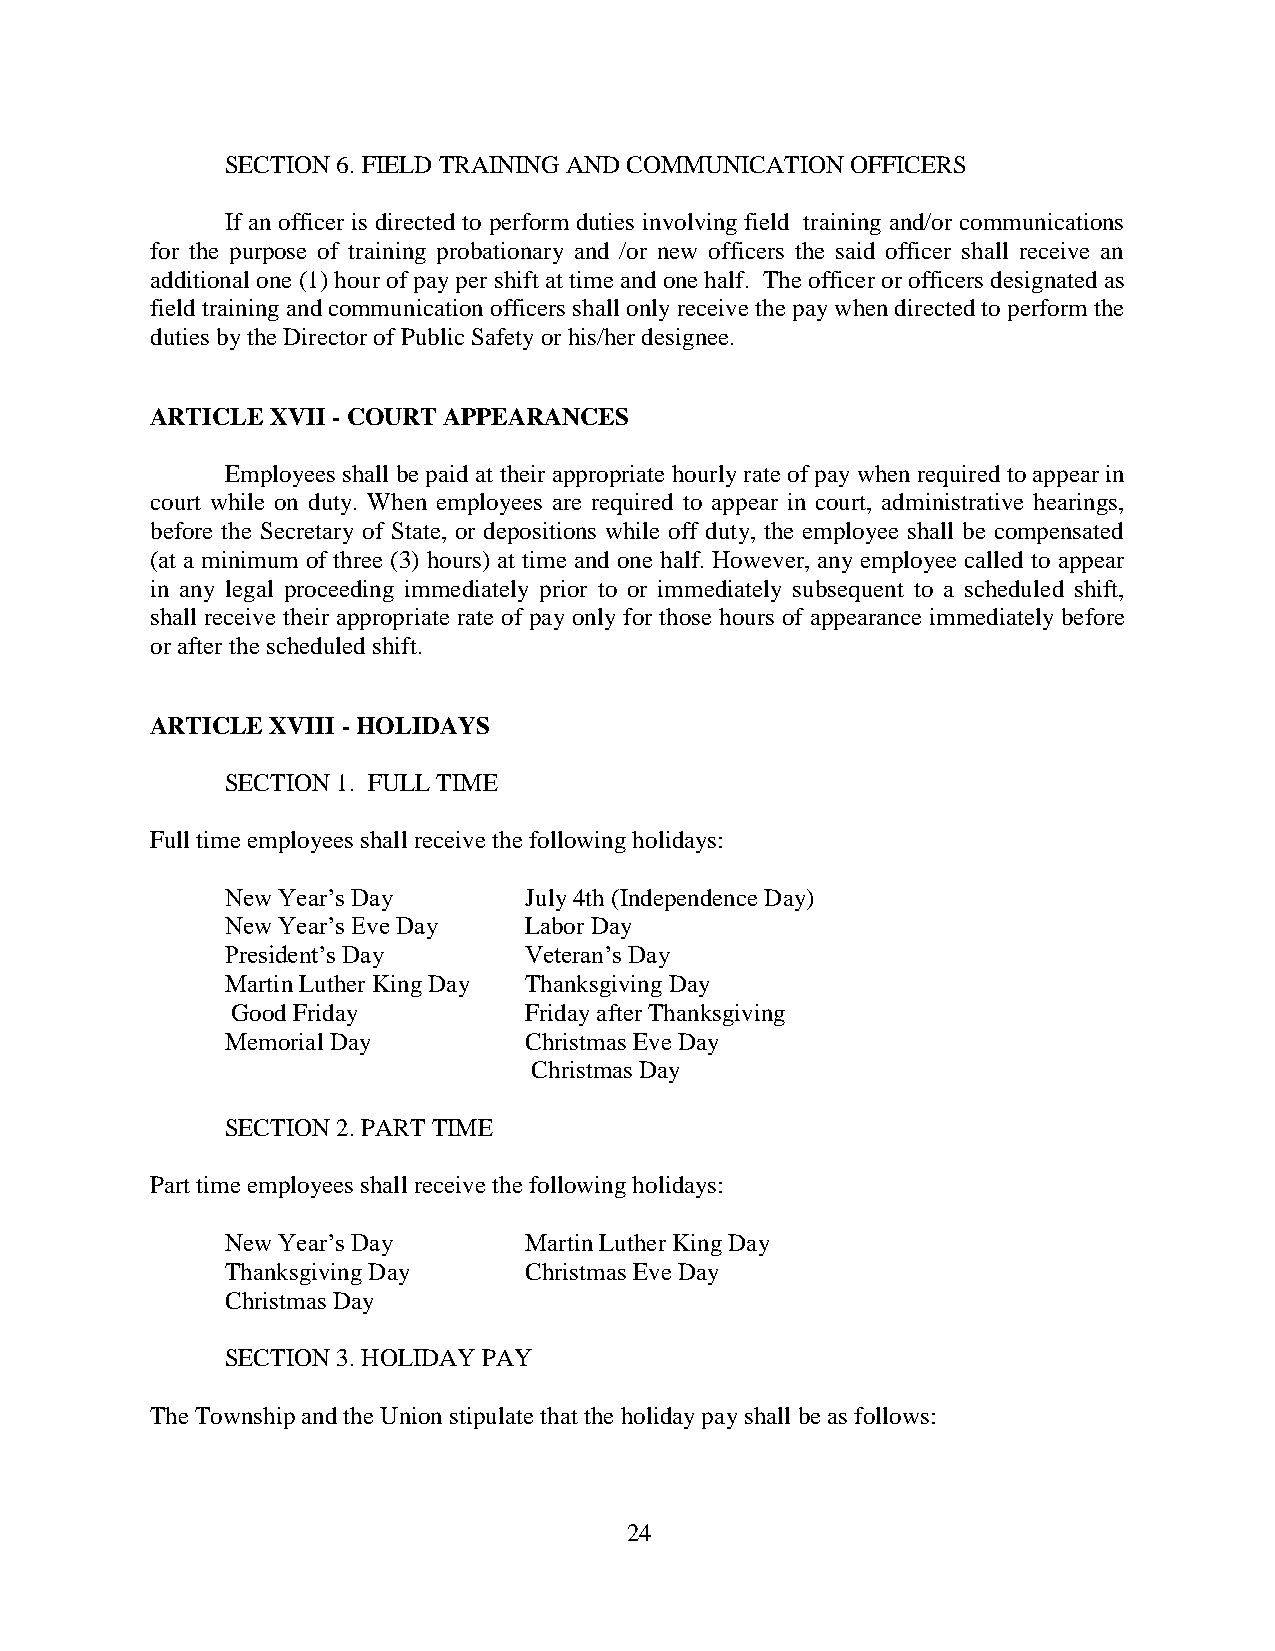
SECTION 6. FIELD TRAINING AND COMMUNICATION OFFICERS
 If an officer is directed to perform duties involving field training and/or communications
 for the purpose of training probationary and /or new officers the said officer shall receive an
 additional one (1) hour of pay per shift at time and one half. The officer or officers designated as
 field training and communication officers shall only receive the pay when directed to perform the
 duties by the Director of Public Safety or his/her designee.
 ARTICLE XVII - COURT APPEARANCES
 Employees shall be paid at their appropriate hourly rate of pay when required to appear in
 court while on duty. When employees are required to appear in court, administrative hearings,
 before the Secretary of State, or depositions while off duty, the employee shall be compensated
 (at a minimum of three (3) hours) at time and one half. However, any employee called to appear
 in any legal proceeding immediately prior to or immediately subsequent to a scheduled shift,
 shall receive their appropriate rate of pay only for those hours of appearance immediately before
 or after the scheduled shift.
 ARTICLE XVIII - HOLIDAYS
 SECTION 1. FULL TIME
 Full time employees shall receive the following holidays:
 New Year’s Day      July 4th (Independence Day)
 New Year’s Eve Day  Labor Day
 President’s Day     Veteran’s Day
 Martin Luther King Day Thanksgiving Day
 Good Friday         Friday after Thanksgiving
 Memorial Day        Christmas Eve Day
 Christmas Day
 SECTION 2. PART TIME
 Part time employees shall receive the following holidays:
 New Year’s Day      Martin Luther King Day
 Thanksgiving Day    Christmas Eve Day
 Christmas Day
 SECTION 3. HOLIDAY PAY
 The Township and the Union stipulate that the holiday pay shall be as follows:
 24